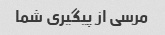
مرسی از پیگیری شما